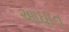
આઘાત